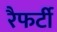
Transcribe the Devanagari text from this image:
रैफर्टी